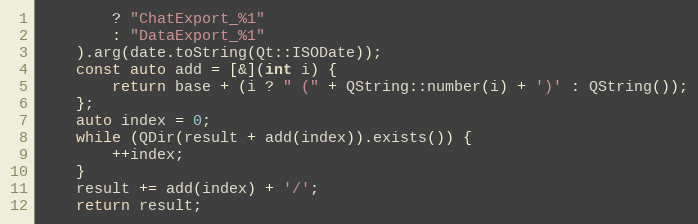
Language: C++
		? "ChatExport_%1"
		: "DataExport_%1"
	).arg(date.toString(Qt::ISODate));
	const auto add = [&](int i) {
		return base + (i ? " (" + QString::number(i) + ')' : QString());
	};
	auto index = 0;
	while (QDir(result + add(index)).exists()) {
		++index;
	}
	result += add(index) + '/';
	return result;